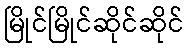
မြိုင်မြိုင်ဆိုင်ဆိုင်